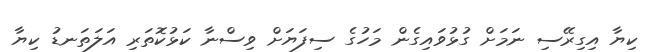
ކިޔާ އިގިރޭސި ނަމަށް ގުޅުވައިގެން މަހުގެ ސިފަޔަށް ވިސްނާ ކަޅުކޮތަރި އަލަތަނޑު ކިޔާ